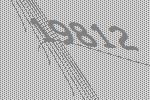
19812